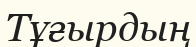
Тұғырдың